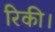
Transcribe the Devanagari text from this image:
रिकी।